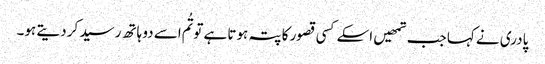
پادری نے کہا جب تمھیں اسکے کسی قصور کا پتہ ہوتا ہے تو تُم اسے دو ہاتھ رسید کر دیتے ہو۔